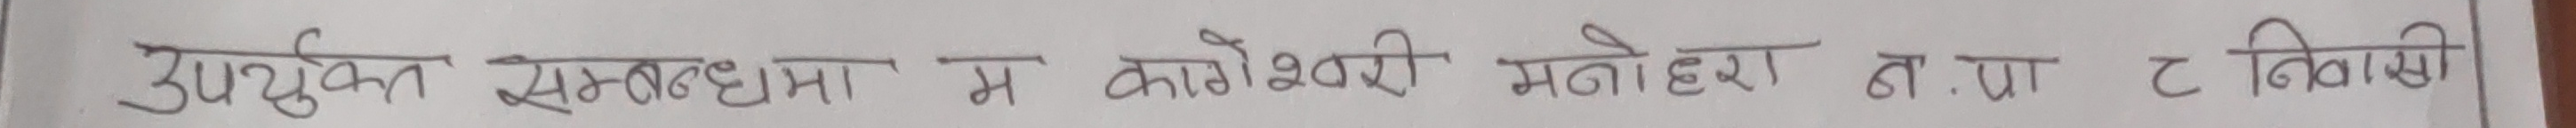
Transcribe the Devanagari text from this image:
उपयुक्त सम्बन्धमा म कागेश्वरी मनोहरा न.पा. ८ निवासी